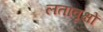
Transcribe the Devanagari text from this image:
लतावृक्षों